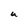
Character: u